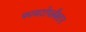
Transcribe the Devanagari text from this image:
फायटोप्लँक्टन